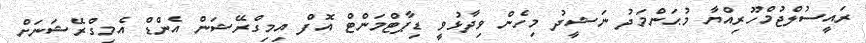
ރައީސުލްޖުމްހޫރިއްޔާ މުޙަންމަދު ނަޝީދު މިހެން ވިދާޅުވީ ޑިޕާޓްމަންޓް އޮފް އިމިގްރޭޝަން އެންޑް އެމިގްރޭޝަނަށް